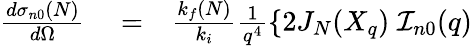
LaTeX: \begin{array}{rlr}{\frac{d{\sigma}_{n0}(N)}{d\Omega}}&{{}=}&{\frac{k_{f}(N)}{k_{i}}\frac{1}{q^{4}}\left\{ 2J_{N}(X_{q})\; {\cal I}_{n0}(q)\right.}\end{array}